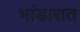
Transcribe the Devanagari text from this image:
भांडारात